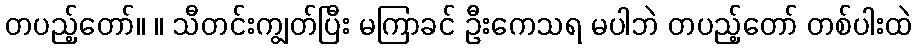
တပည့်တော်။ ။ သီတင်းကျွတ်ပြီး မကြာခင် ဦးကေသရ မပါဘဲ တပည့်တော် တစ်ပါးထဲ